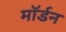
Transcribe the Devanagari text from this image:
माॅर्डन